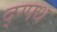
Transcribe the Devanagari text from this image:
द्ग्फ्ध